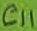
Text: C11